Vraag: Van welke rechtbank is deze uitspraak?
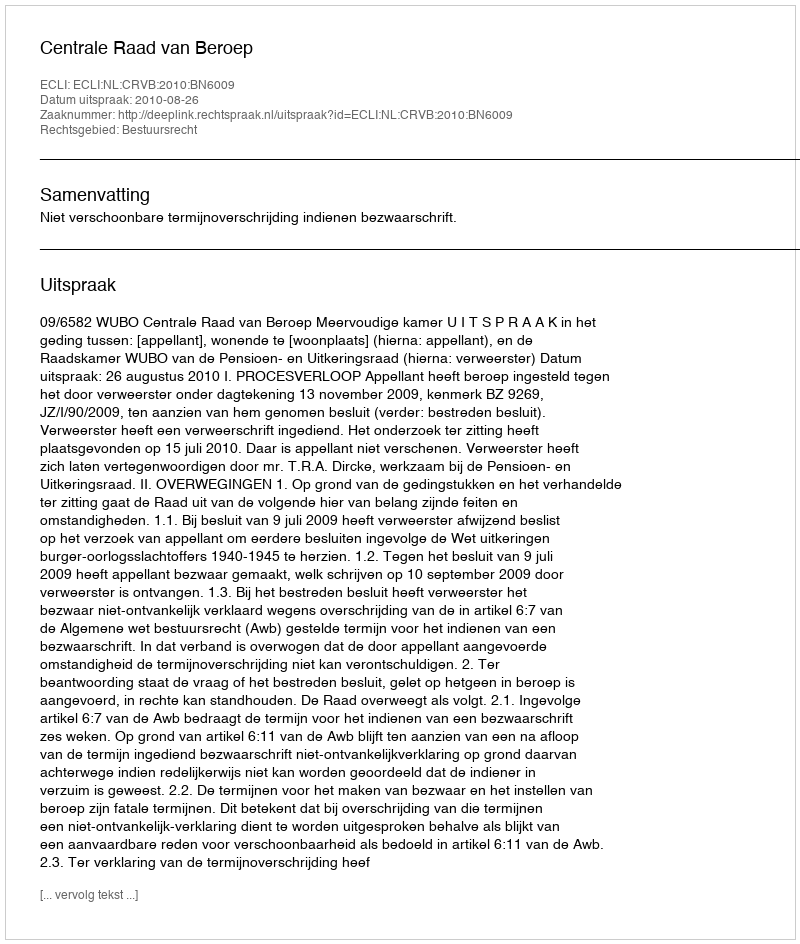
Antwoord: Centrale Raad van Beroep